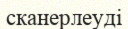
сканерлеуді